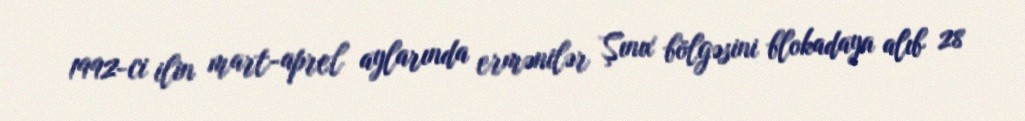
1992-ci ilin mart-aprel aylarında ermənilər Şınıx bölgəsini blokadaya alıb 28